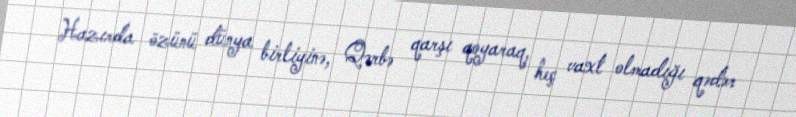
Hazırda özünü dünya birliyinə, Qərbə qarşı qoyaraq, heç vaxt olmadığı qədər